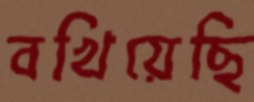
বখিয়েছি